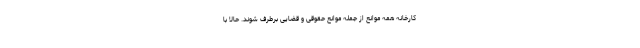
کارخانه همه موانع از جمله موانع حقوقی و قضایی برطرف شوند. حالا با